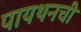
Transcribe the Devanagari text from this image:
पायथनची